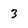
Character: 3